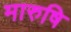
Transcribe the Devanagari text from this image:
मारुषि